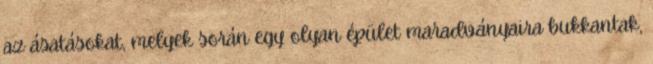
az ásatásokat, melyek során egy olyan épület maradványaira bukkantak,